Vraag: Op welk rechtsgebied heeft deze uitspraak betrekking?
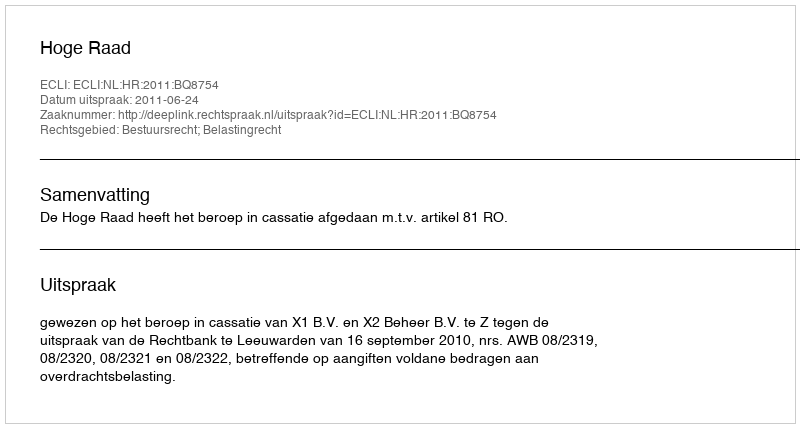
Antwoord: Bestuursrecht; Belastingrecht